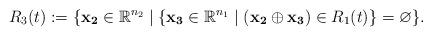
LaTeX: \begin{align*}R_3(t):= \{ \mathbf{x_2} \in \mathbb{R}^{n_2} \mid \{\mathbf{x_3} \in \mathbb{R}^{n_1} \mid (\mathbf{x_2} \oplus \mathbf{x_3}) \in R_1(t)\} = \varnothing\}.\end{align*}